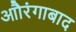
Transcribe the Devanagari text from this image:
आौरंगाबाद